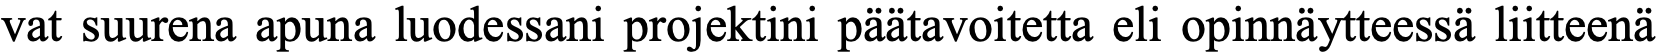
vat suurena apuna luodessani projektini päätavoitetta eli opinnäytteessä liitteenä